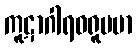
ကူဋာဂါရဝရူပမာ